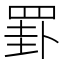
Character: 罫